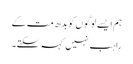
ہم ایسے لوگوں کو بدھ مت کے
راہب نہیں کہہ سکتے۔